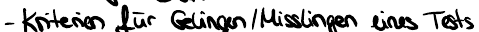
- Kriterien für Geligen / Misslingen eines Tests